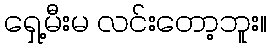
ရှေ့မီးမ လင်းတော့ဘူး။